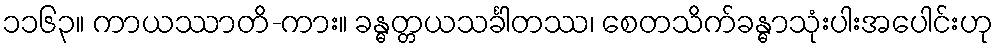
၁၁၆၃။ ကာယဿာတိ-ကား။ ခန္ဓတ္တယသင်္ခါတဿ၊ စေတသိက်ခန္ဓာသုံးပါးအပေါင်းဟု